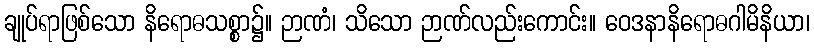
ချုပ်ရာဖြစ်သော နိရောဓသစ္စာ၌။ ဉာဏံ၊ သိသော ဉာဏ်လည်းကောင်း။ ဝေဒနာနိရောဓဂါမိနိယာ၊